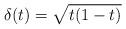
LaTeX: \begin{gather*}\delta(t) = \sqrt{t(1-t)}\end{gather*}